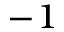
^ { - 1 }